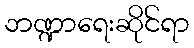
ဘဏ္ဍာရေးဆိုင်ရာ